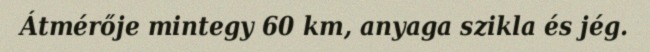
Átmérője mintegy 60 km, anyaga szikla és jég.